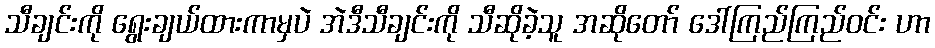
သီချင်းကို ရွေးချယ်ထားကာမှပဲ အဲဒီသီချင်းကို သီဆိုခဲ့သူ အဆိုတော် ဒေါ်ကြည်ကြည်ဝင်း ဟာ